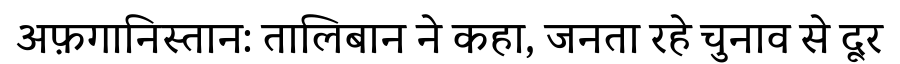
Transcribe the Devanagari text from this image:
अफ़गानिस्तान: तालिबान ने कहा, जनता रहे चुनाव से दूर